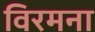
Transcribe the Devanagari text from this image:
विरमना